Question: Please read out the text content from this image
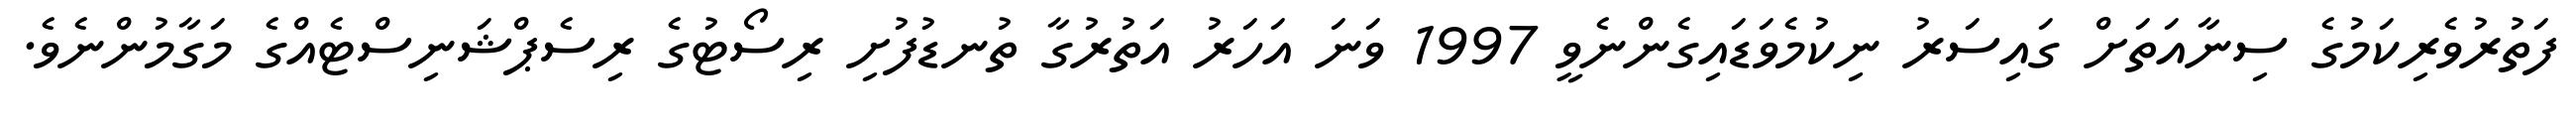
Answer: ފަތުރުވެރިކަމުގެ ސިނާއަތަށް ގައިސަރު ނިކުމެވަޑައިގެންނެވީ 1997 ވަނަ އަހަރު އަތުރުގާ ތުނޑުފުށި ރިސޯޓުގެ ރިސެޕްޝަނިސްޓެއްގެ މަގާމުންނެވެ.